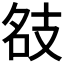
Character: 𢻇